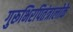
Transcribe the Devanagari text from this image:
गुरूभिरपितंत्रालोके